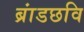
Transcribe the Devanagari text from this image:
ब्रांडछवि